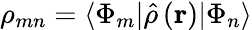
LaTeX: \rho_{mn}=\langle\Phi_{m}\vert\hat{\rho}\left(\mathbf{r}\right)\vert\Phi_{n}\rangle